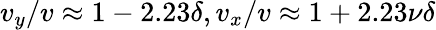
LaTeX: v_{y}/v\approx 1-2.23\delta,v_{x}/v\approx 1+2.23\nu\delta